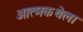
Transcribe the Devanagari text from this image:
आत्मकथेला